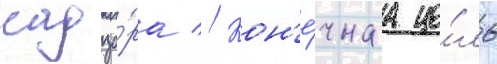
надзо́ра // Кон'е́чнаа це́ль